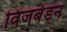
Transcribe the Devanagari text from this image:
विजबेडन